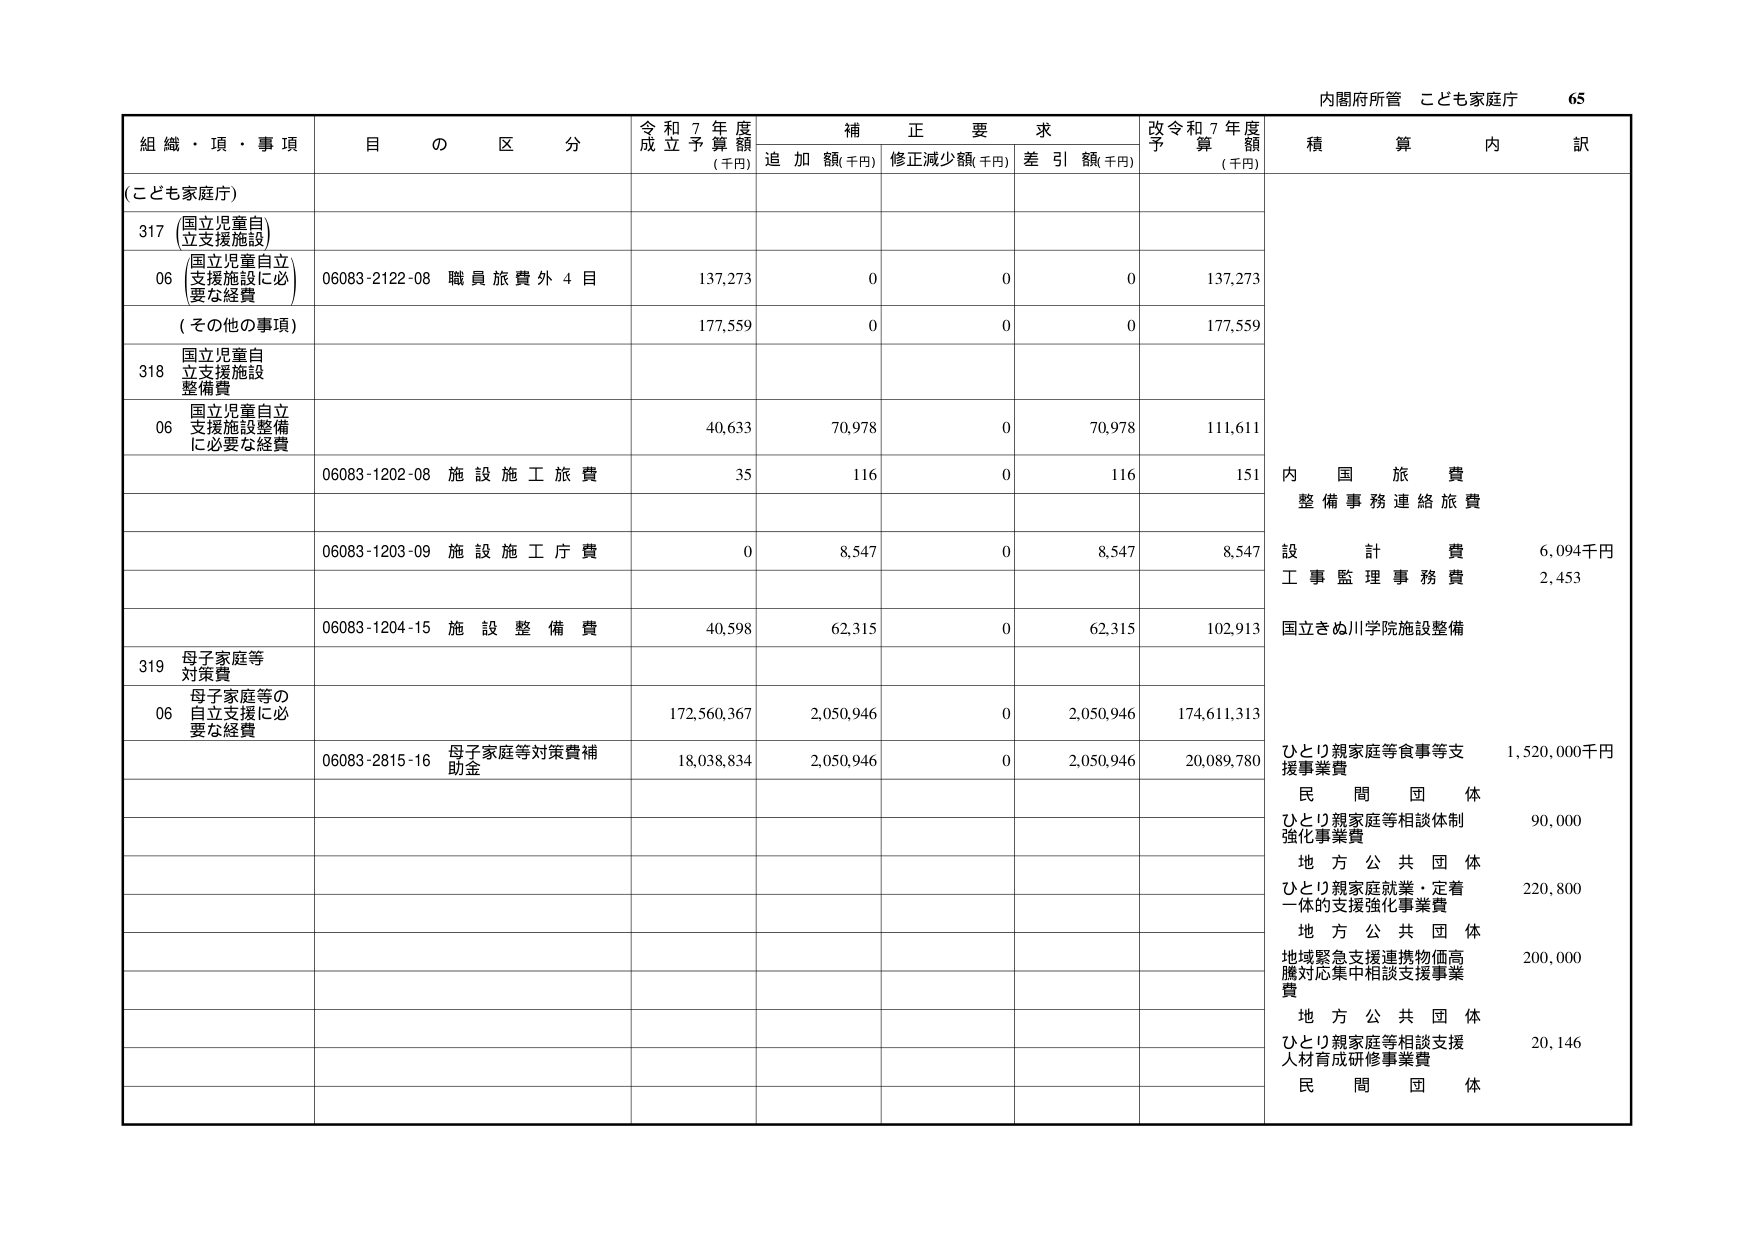
内閣府所管 こども家庭庁 65

組織・項・事項 目の区分 令和7年度成立予算額(千円) 補正要求 追加額(千円) 修正減少額(千円) 差引額(千円) 改令和7年度予算額(千円) 積算内訳

(こども家庭庁)

317 (国立児童自立支援施設)

06 (国立児童自立支援施設に必要な経費) 06083-2122-08 職員旅費外4目 137,273 0 0 0 137,273

(その他の事項) 177,559 0 0 0 177,559

318 国立児童自立支援施設整備費

06 国立児童自立支援施設整備に必要な経費 40,633 70,978 0 70,978 111,611

06083-1202-08 施設施工旅費 35 116 0 116 151 内国旅費 整備事務連絡旅費

06083-1203-09 施設施工庁費 0 8,547 0 8,547 8,547 設計費 6,094千円 工事監理事務費 2,453

06083-1204-15 施設整備費 40,598 62,315 0 62,315 102,913 国立きぬ川学院施設整備

319 母子家庭等対策費

06 母子家庭等の自立支援に必要な経費 172,560,367 2,050,946 0 2,050,946 174,611,313

06083-2815-16 母子家庭等対策費補助金 18,038,834 2,050,946 0 2,050,946 20,089,780 ひとり親家庭等負事等支援事業費 1,520,000千円 民間団体 ひとり親家庭等相談体制強化事業費 90,000 地方公共団体 ひとり親家庭就業・定着一体的支援強化事業費 220,800 地方公共団体 地域緊急支援連携物価高騰対応集中相談支援事業費 200,000 地方公共団体 ひとり親家庭等相談支援人材育成研修事業費 20,146 民間団体